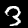
Digit: 3